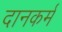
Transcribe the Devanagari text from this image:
दानकर्म